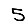
Digit: 5